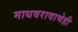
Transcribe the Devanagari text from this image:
माधवरावाचेही